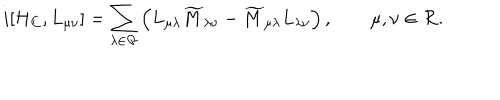
i [ { \cal H } _ { C } , L _ { \mu \nu } ] = \sum _ { \lambda \in { \cal R } } \left( L _ { \mu \lambda } \widetilde { M } _ { \lambda \nu } - \widetilde { M } _ { \mu \lambda } L _ { \lambda \nu } \right) , \qquad \mu , \nu \in { \cal R } .